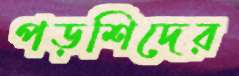
পড়শিদের